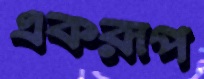
একরূপ